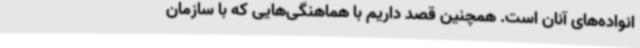
انواده‌های آنان است. همچنین قصد داریم با هماهنگی‌هایی که با سازمان